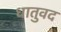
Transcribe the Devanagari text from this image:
धातुवद